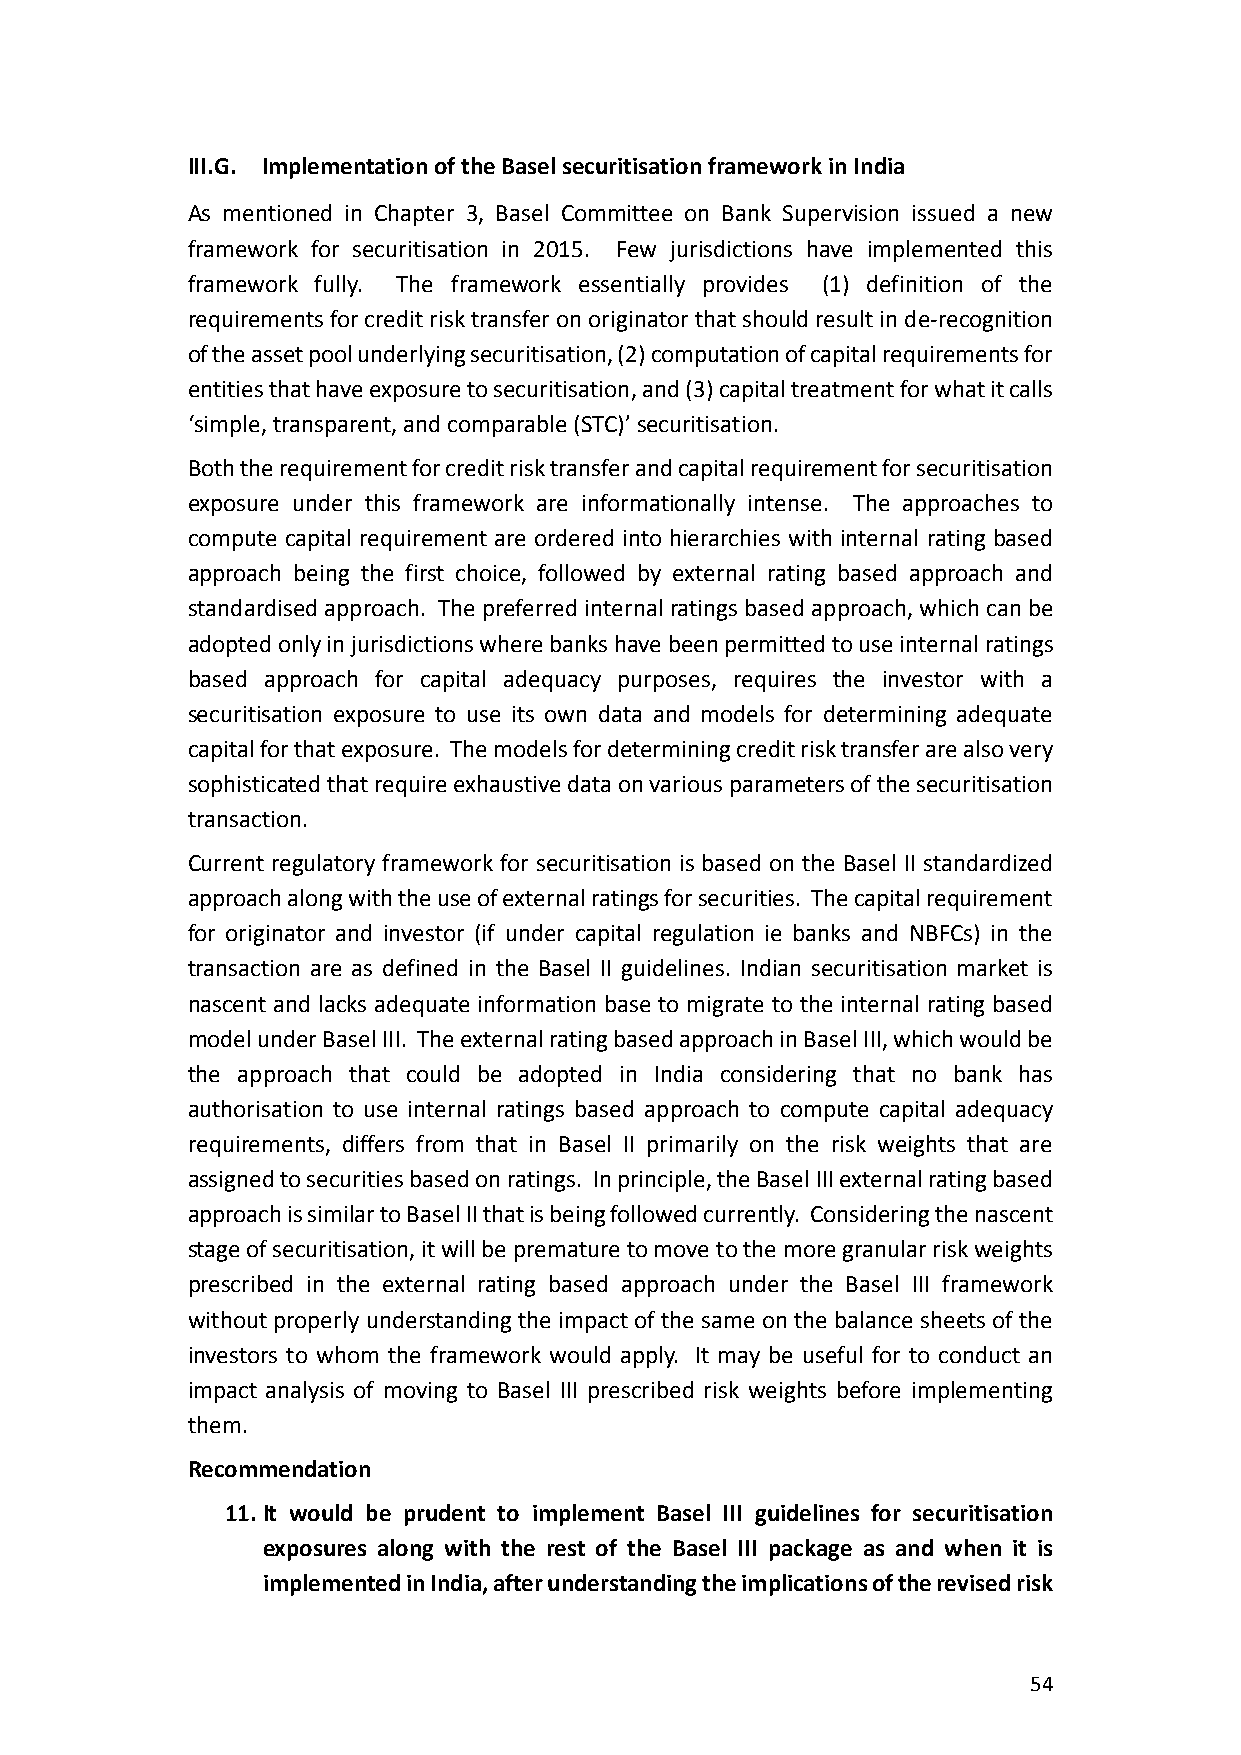
III.G. Implementation of the Basel securitisation framework in India
 As mentioned in Chapter 3, Basel Committee on Bank Supervision issued a new
 framework for securitisation in 2015. Few jurisdictions have implemented this
 framework fully. The framework essentially provides (1) definition of the
 requirements for credit risk transfer on originator that should result in de-recognition
 of the asset pool underlying securitisation, (2) computation of capital requirements for
 entities that have exposure to securitisation, and (3) capital treatment for what it calls
 ‘simple, transparent, and comparable (STC)’ securitisation.
 Both the requirement for credit risk transfer and capital requirement for securitisation
 exposure under this framework are informationally intense. The approaches to
 compute capital requirement are ordered into hierarchies with internal rating based
 approach being the first choice, followed by external rating based approach and
 standardised approach. The preferred internal ratings based approach, which can be
 adopted only in jurisdictions where banks have been permitted to use internal ratings
 based approach for capital adequacy purposes, requires the investor with a
 securitisation exposure to use its own data and models for determining adequate
 capital for that exposure. The models for determining credit risk transfer are also very
 sophisticated that require exhaustive data on various parameters of the securitisation
 transaction.
 Current regulatory framework for securitisation is based on the Basel II standardized
 approach along with the use of external ratings for securities. The capital requirement
 for originator and investor (if under capital regulation ie banks and NBFCs) in the
 transaction are as defined in the Basel II guidelines. Indian securitisation market is
 nascent and lacks adequate information base to migrate to the internal rating based
 model under Basel III. The external rating based approach in Basel III, which would be
 the approach that could be adopted in India considering that no bank has
 authorisation to use internal ratings based approach to compute capital adequacy
 requirements, differs from that in Basel II primarily on the risk weights that are
 assigned to securities based on ratings. In principle, the Basel III external rating based
 approach is similar to Basel II that is being followed currently. Considering the nascent
 stage of securitisation, it will be premature to move to the more granular risk weights
 prescribed in the external rating based approach under the Basel III framework
 without properly understanding the impact of the same on the balance sheets of the
 investors to whom the framework would apply. It may be useful for to conduct an
 impact analysis of moving to Basel III prescribed risk weights before implementing
 them.
 Recommendation
 11. It would be prudent to implement Basel III guidelines for securitisation
 exposures along with the rest of the Basel III package as and when it is
 implemented in India, after understanding the implications of the revised risk
 54